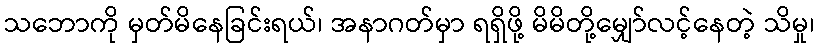
သဘောကို မှတ်မိနေခြင်းရယ်၊ အနာဂတ်မှာ ရရှိဖို့ မိမိတို့မျှော်လင့်နေတဲ့ သိမှု၊